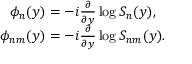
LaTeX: \begin{array} { c } { { \phi _ { n } ( y ) = - i \frac { \partial } { \partial y } \log S _ { n } ( y ) , } } \\ { { \phi _ { n m } ( y ) = - i \frac { \partial } { \partial y } \log S _ { n m } ( y ) . } } \end{array}